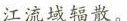
江流域辐散。